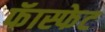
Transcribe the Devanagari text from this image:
फॅास्फेट